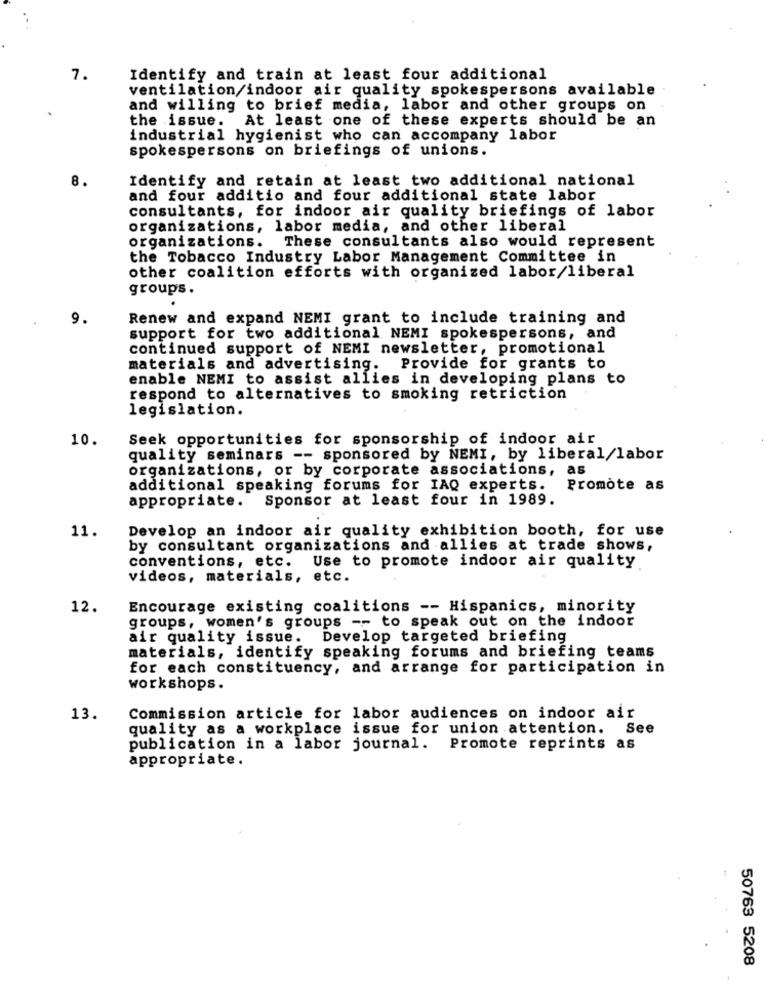
7.
Identify and train at least four additional
ventilation/indoor air quality spokespersons available
and willing to brief media, labor and other groups on
the issue. At least one of these experts should be an
industrial hygienist who can accompany labor
spokespersons on briefings of unions.
8.
Identify and retain at least two additional national
and four additio and four additional state labor
consultants, for indoor air quality briefings of labor
organizations, labor media, and other liberal
organizations.
These consultants also would represent
the Tobacco Industry Labor Management Committee in
other coalition efforts with organized labor/liberal
groups.
9.
Renew and expand NEMI grant to include training and
support for two additional NEMI spokespersons, and
continued support of NEMI newsletter, promotional
materials and advertising.
Provide for grants to
enable NEMI to assist allies in developing plans to
respond to alternatives to smoking retriction
legislation.
10.
Seek opportunities for sponsorship of indoor air
quality seminars -- sponsored by NEMI, by liberal/labor
organizations, or by corporate associations, as
additional speaking forums for IAQ experts.
Promote as
appropriate. Sponsor at least four in 1989.
11.
Develop an indoor air quality exhibition booth, for use
by consultant organizations and allies at trade shows,
conventions, etc. Use to promote indoor air quality
videos, materials, etc.
12.
Encourage existing coalitions -- Hispanics, minority
groups, women's groups -- to speak out on the indoor
air quality issue. Develop targeted briefing
materials, identify speaking forums and briefing teams
for each constituency, and arrange for participation in
workshops.
13.
Commission article for labor audiences on indoor air
quality as a workplace issue for union attention. See
publication in a labor journal. Promote reprints as
appropriate.
50763 5208